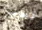
نحب